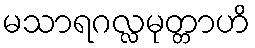
မသာရဂလ္လမုတ္တာဟိ